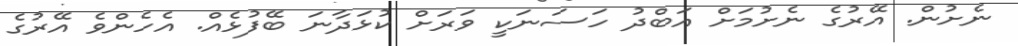
ނެށުން. އޭރުގެ ނެށުމަށް އަބްދު ހަސަނަކީ ވަރަށް ކުޅަދާނަ ބޭފުޅެއް. އެހެންވެ އޭރުގެ